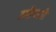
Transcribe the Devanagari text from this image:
उमीयाजी